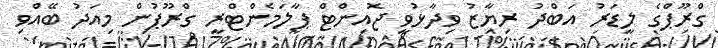
ގްރޫޕްގެ ލީޑަރު އަބްދު ރިޔާޒު ވިދާޅުވީ ޖޮއިންޓް ޕާލަމެންޓްރީ ގްރޫޕުން މިއަދު ބޭއްވި